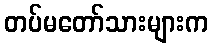
တပ်မတော်သားများက